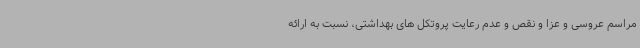
مراسم عروسی و عزا و نقص و عدم رعایت پروتکل های بهداشتی، نسبت به ارائه